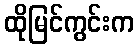
ထိုမြင်ကွင်းက